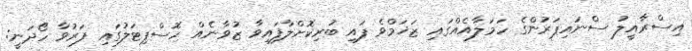
އިސްރާއީލު ސްނައިޕަރުންގެ ހަމަލާއެއްގައި ޒަޚަމްވެ ފައި ބުރިކޮށްލާފައިވާ ޒުވާނެއް ހޮސްޕިޓަލުގައި ފަރުވާ ހޯދަނީ: